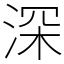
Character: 深